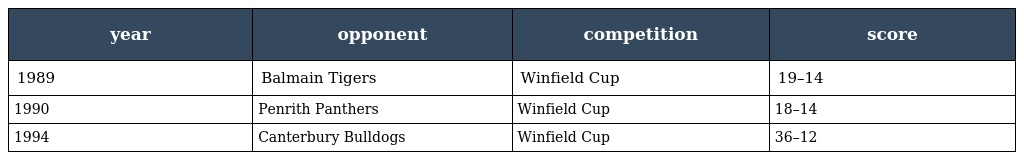
| year | opponent | competition | score |
 | --- | --- | --- | --- |
 | 1989 | Balmain Tigers | Winfield Cup | 19–14 |
 | 1990 | Penrith Panthers | Winfield Cup | 18–14 |
 | 1994 | Canterbury Bulldogs | Winfield Cup | 36–12 |